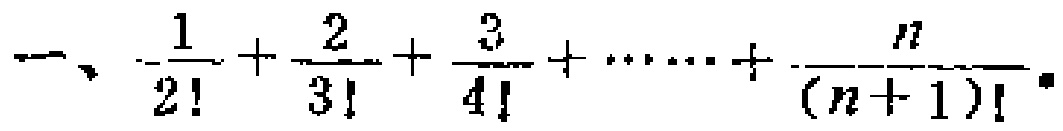
一、$\frac{1}{2!}+\frac{2}{3!}+\frac{3}{4!}+\cdots\cdots+\frac{n}{(n + 1)!}$。